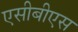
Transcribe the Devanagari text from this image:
एसीबीएस